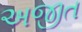
અજીત